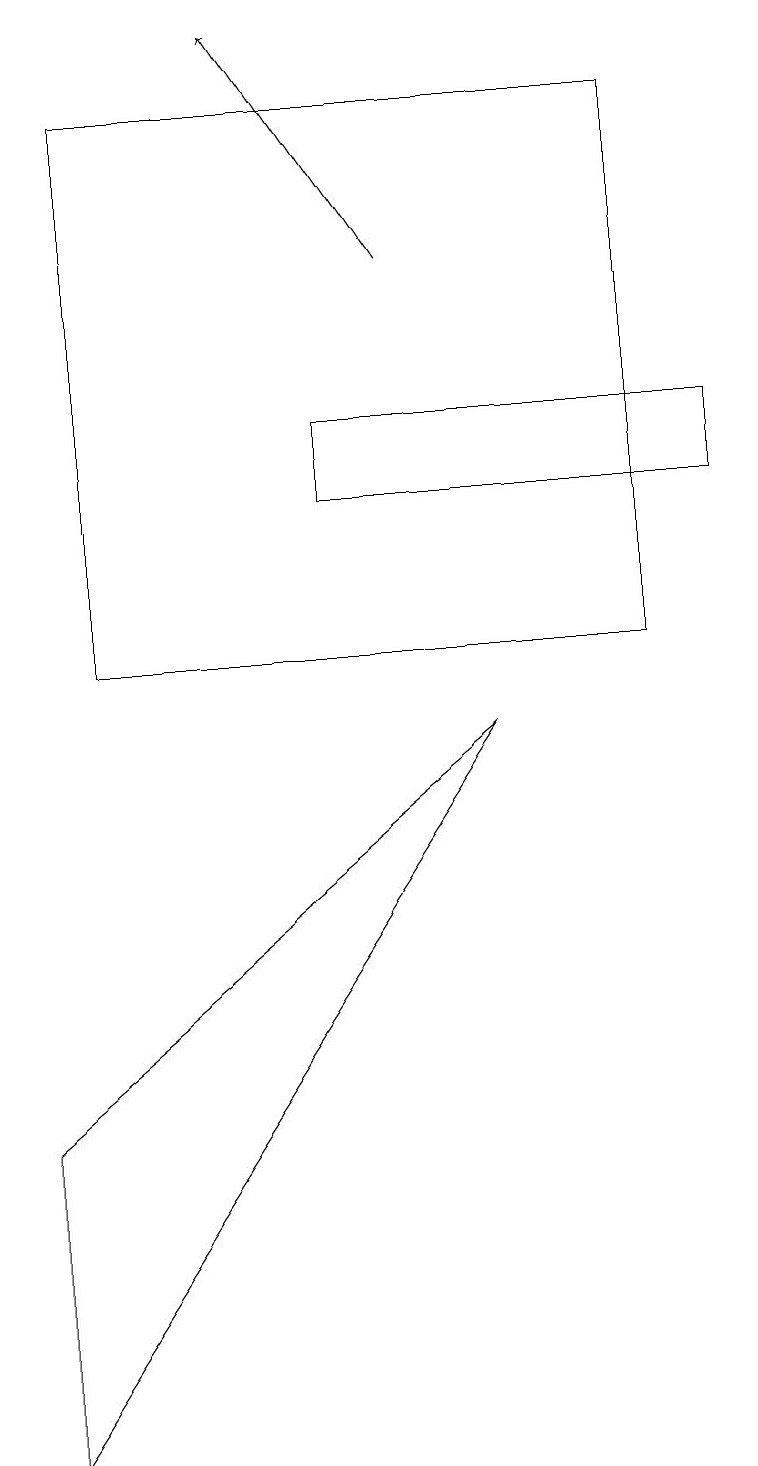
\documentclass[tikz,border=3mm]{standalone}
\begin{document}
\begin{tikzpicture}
\draw[->] (5,15) -- (3,18);
\draw (1,17) rectangle (8,10);
\draw (9,13) rectangle (4,12);
\draw (6,9) -- (0,4) -- (0,0) -- cycle;
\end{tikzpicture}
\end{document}